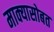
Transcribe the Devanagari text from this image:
माक्यासोबत